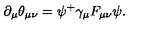
\partial _ { \mu } \theta _ { \mu \nu } = \psi ^ { + } \gamma _ { \mu } F _ { \mu \nu } \psi .